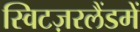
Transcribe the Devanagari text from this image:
स्विटज़रलैंडमें